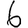
Digit: 6